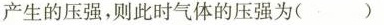
产生的压强，则此时气体的压强为( )